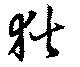
狄